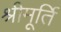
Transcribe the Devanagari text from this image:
श्रीमूर्ति